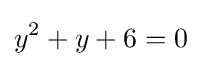
y^{2}+y+6=0